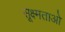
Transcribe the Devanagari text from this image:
सूक्ष्मताओ